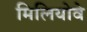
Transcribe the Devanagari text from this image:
मिलियोवे